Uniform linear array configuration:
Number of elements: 32
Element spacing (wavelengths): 0.5
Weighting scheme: blackman
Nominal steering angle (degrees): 45
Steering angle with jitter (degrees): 44.132
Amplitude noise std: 0.05
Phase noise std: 0.05

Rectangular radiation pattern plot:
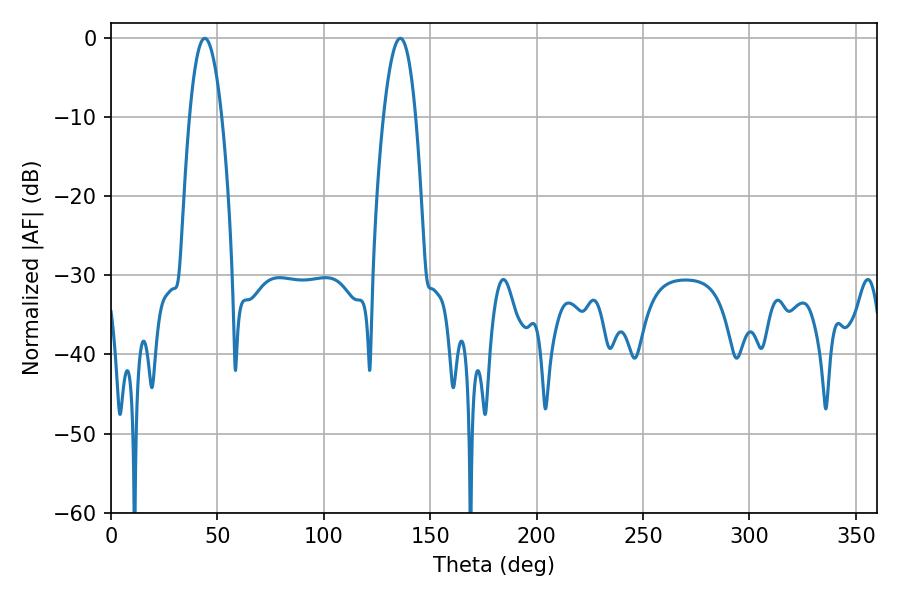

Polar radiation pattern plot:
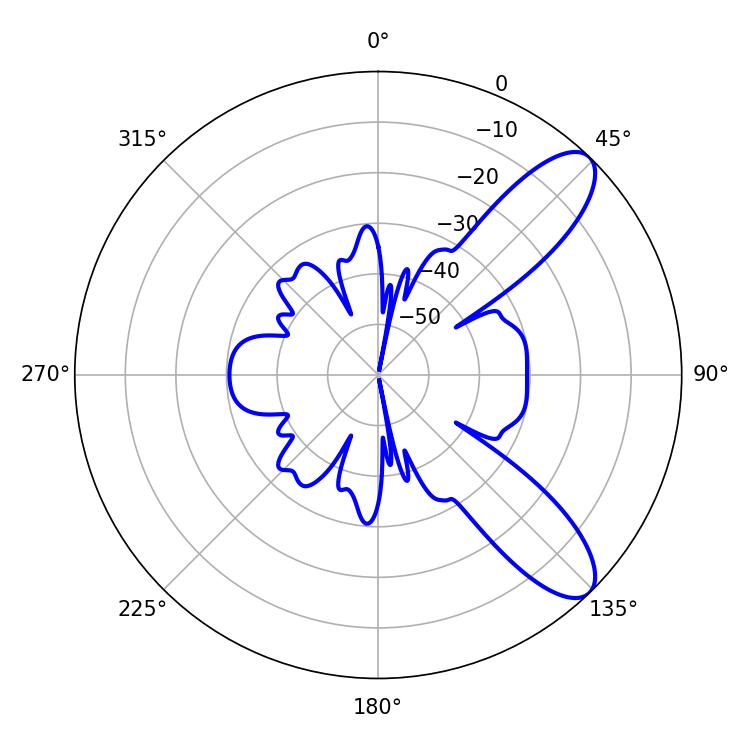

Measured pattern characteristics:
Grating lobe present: FALSE
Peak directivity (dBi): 9.624
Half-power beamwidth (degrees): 8.46
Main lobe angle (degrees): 44.1